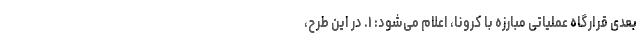
بعدی قرارگاه عملیاتی مبارزه با کرونا، اعلام می‌شود: ۱. در این طرح،